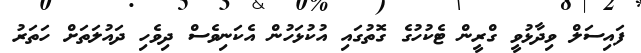
ފައިސަލް ވިދާޅުވީ ގްރީން ޓެކުހުގެ ގޮތުގައި އުކުޅަހުން އެކަނިވެސް ދިވެހި ދައުލަތަށް ހަތަރު